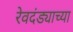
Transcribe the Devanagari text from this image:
रेवदंड्याच्या